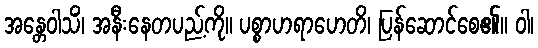
အန္တေဝါသိံ၊ အနီးနေတပည့်ကို။ ပစ္စာဟရာဟေတိ၊ ပြန်ဆောင်စေ၏။ ဝါ၊